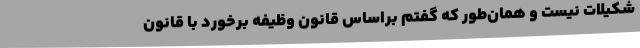
شکیلات نیست و همان‌طور که گفتم براساس قانون وظیفه برخورد با قانون